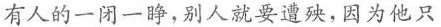
有人的一闭一睁，别人就要遭殃，因为他只